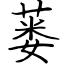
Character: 蒌